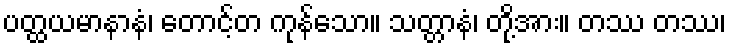
ပတ္ထယမာနာနံ၊ တောင့်တ ကုန်သော။ သတ္တာနံ၊ တို့အား။ တဿ တဿ၊